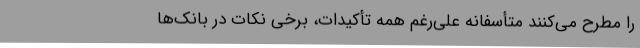
را مطرح می‌کنند متأسفانه علی‌رغم همه تأکیدات، برخی نکات در بانک‌ها